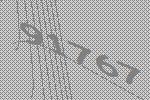
91767